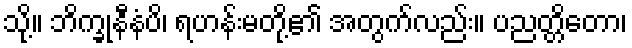
သို့။ ဘိက္ခုနီနံပိ၊ ရဟန်းမတို့၏ အတွက်လည်း။ ပညတ္တိတော၊